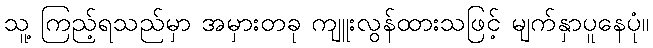
သူ့ ကြည့်ရသည်မှာ အမှားတခု ကျူးလွန်ထားသဖြင့် မျက်နှာပူနေပုံ။